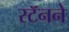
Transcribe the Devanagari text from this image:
स्टॅनने